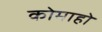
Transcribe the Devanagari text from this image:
कोमाहो